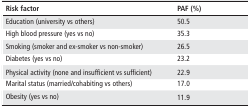
<table><thead><tr><td><b>Risk factor</b></td><td><b>PAF (%)</b></td></tr></thead><tbody><tr><td>Education (university vs others)</td><td>50.5</td></tr><tr><td>High blood pressure (yes vs no)</td><td>35.3</td></tr><tr><td>Smoking (smoker and ex-smoker vs non-smoker)</td><td>26.5</td></tr><tr><td>Diabetes (yes vs no)</td><td>23.2</td></tr><tr><td>Physical activity (none and insufficient vs sufficient)</td><td>22.9</td></tr><tr><td>Marital status (married/cohabiting vs others)</td><td>17.0</td></tr><tr><td>Obesity (yes vs no)</td><td>11.9</td></tr></tbody></table>